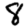
Digit: 8